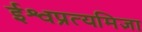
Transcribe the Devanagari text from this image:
ईश्वप्रत्यमिज्ञा